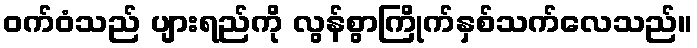
ဝက်ဝံသည် ပျားရည်ကို လွန်စွာကြိုက်နှစ်သက်လေသည်။